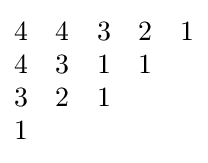
{\begin{matrix}4&4&3&2&1\\4&3&1&1\\3&2&1\\1\end{matrix}}